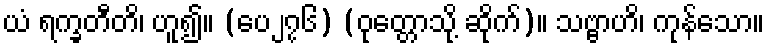
ယံ ရက္ခတီတိ၊ ဟူ၍။ (ပေ၂၇၆) (ဝုတ္တောသို့ ဆိုက်)။ သဗ္ဗာဟိ၊ ကုန်သော။